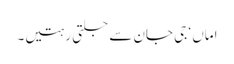
اماں ‘ جی جان سے جلتی رہتیں۔